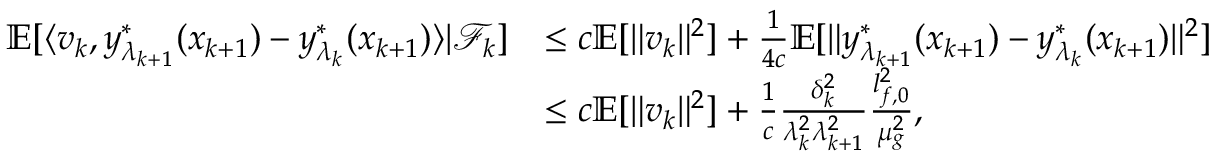
\begin{array} { r l } { \mathbb { E } [ \langle v _ { k } , y _ { \lambda _ { k + 1 } } ^ { * } ( x _ { k + 1 } ) - y _ { \lambda _ { k } } ^ { * } ( x _ { k + 1 } ) \rangle | \mathcal { F } _ { k } ] } & { \le c \mathbb { E } [ \| v _ { k } \| ^ { 2 } ] + \frac { 1 } { 4 c } \mathbb { E } [ \| y _ { \lambda _ { k + 1 } } ^ { * } ( x _ { k + 1 } ) - y _ { \lambda _ { k } } ^ { * } ( x _ { k + 1 } ) \| ^ { 2 } ] } \\ & { \le c \mathbb { E } [ \| v _ { k } \| ^ { 2 } ] + \frac { 1 } { c } \frac { \delta _ { k } ^ { 2 } } { \lambda _ { k } ^ { 2 } \lambda _ { k + 1 } ^ { 2 } } \frac { l _ { f , 0 } ^ { 2 } } { \mu _ { g } ^ { 2 } } , } \end{array}